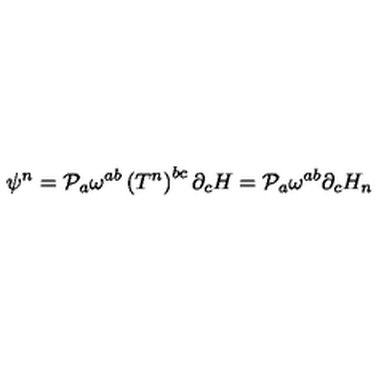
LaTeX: \psi ^ { n } = { \cal { P } } _ { a } \omega ^ { a b } \left( T ^ { n } \right) ^ { b c } \partial _ { c } H = { \cal { P } } _ { a } \omega ^ { a b } \partial _ { c } H _ { n }